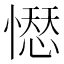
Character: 𢡊